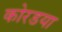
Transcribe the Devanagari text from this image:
कोरडया